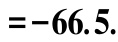
$=-66.5$